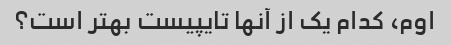
اوم، کدام یک از آنها تایپیست بهتر است؟